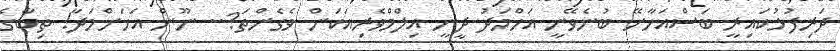
ދަރިފުޅުކައިރީ ބަސްއަހާށޭ ބުނެވޭނީ އަހްމަދު ދީނީ އިލްމްވެރިއަކަން ވެގެންތަ?.. ނޫން އަހަށްމަދާ! ތިބާގެ